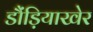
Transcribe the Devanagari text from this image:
डौंड़ियाखेर